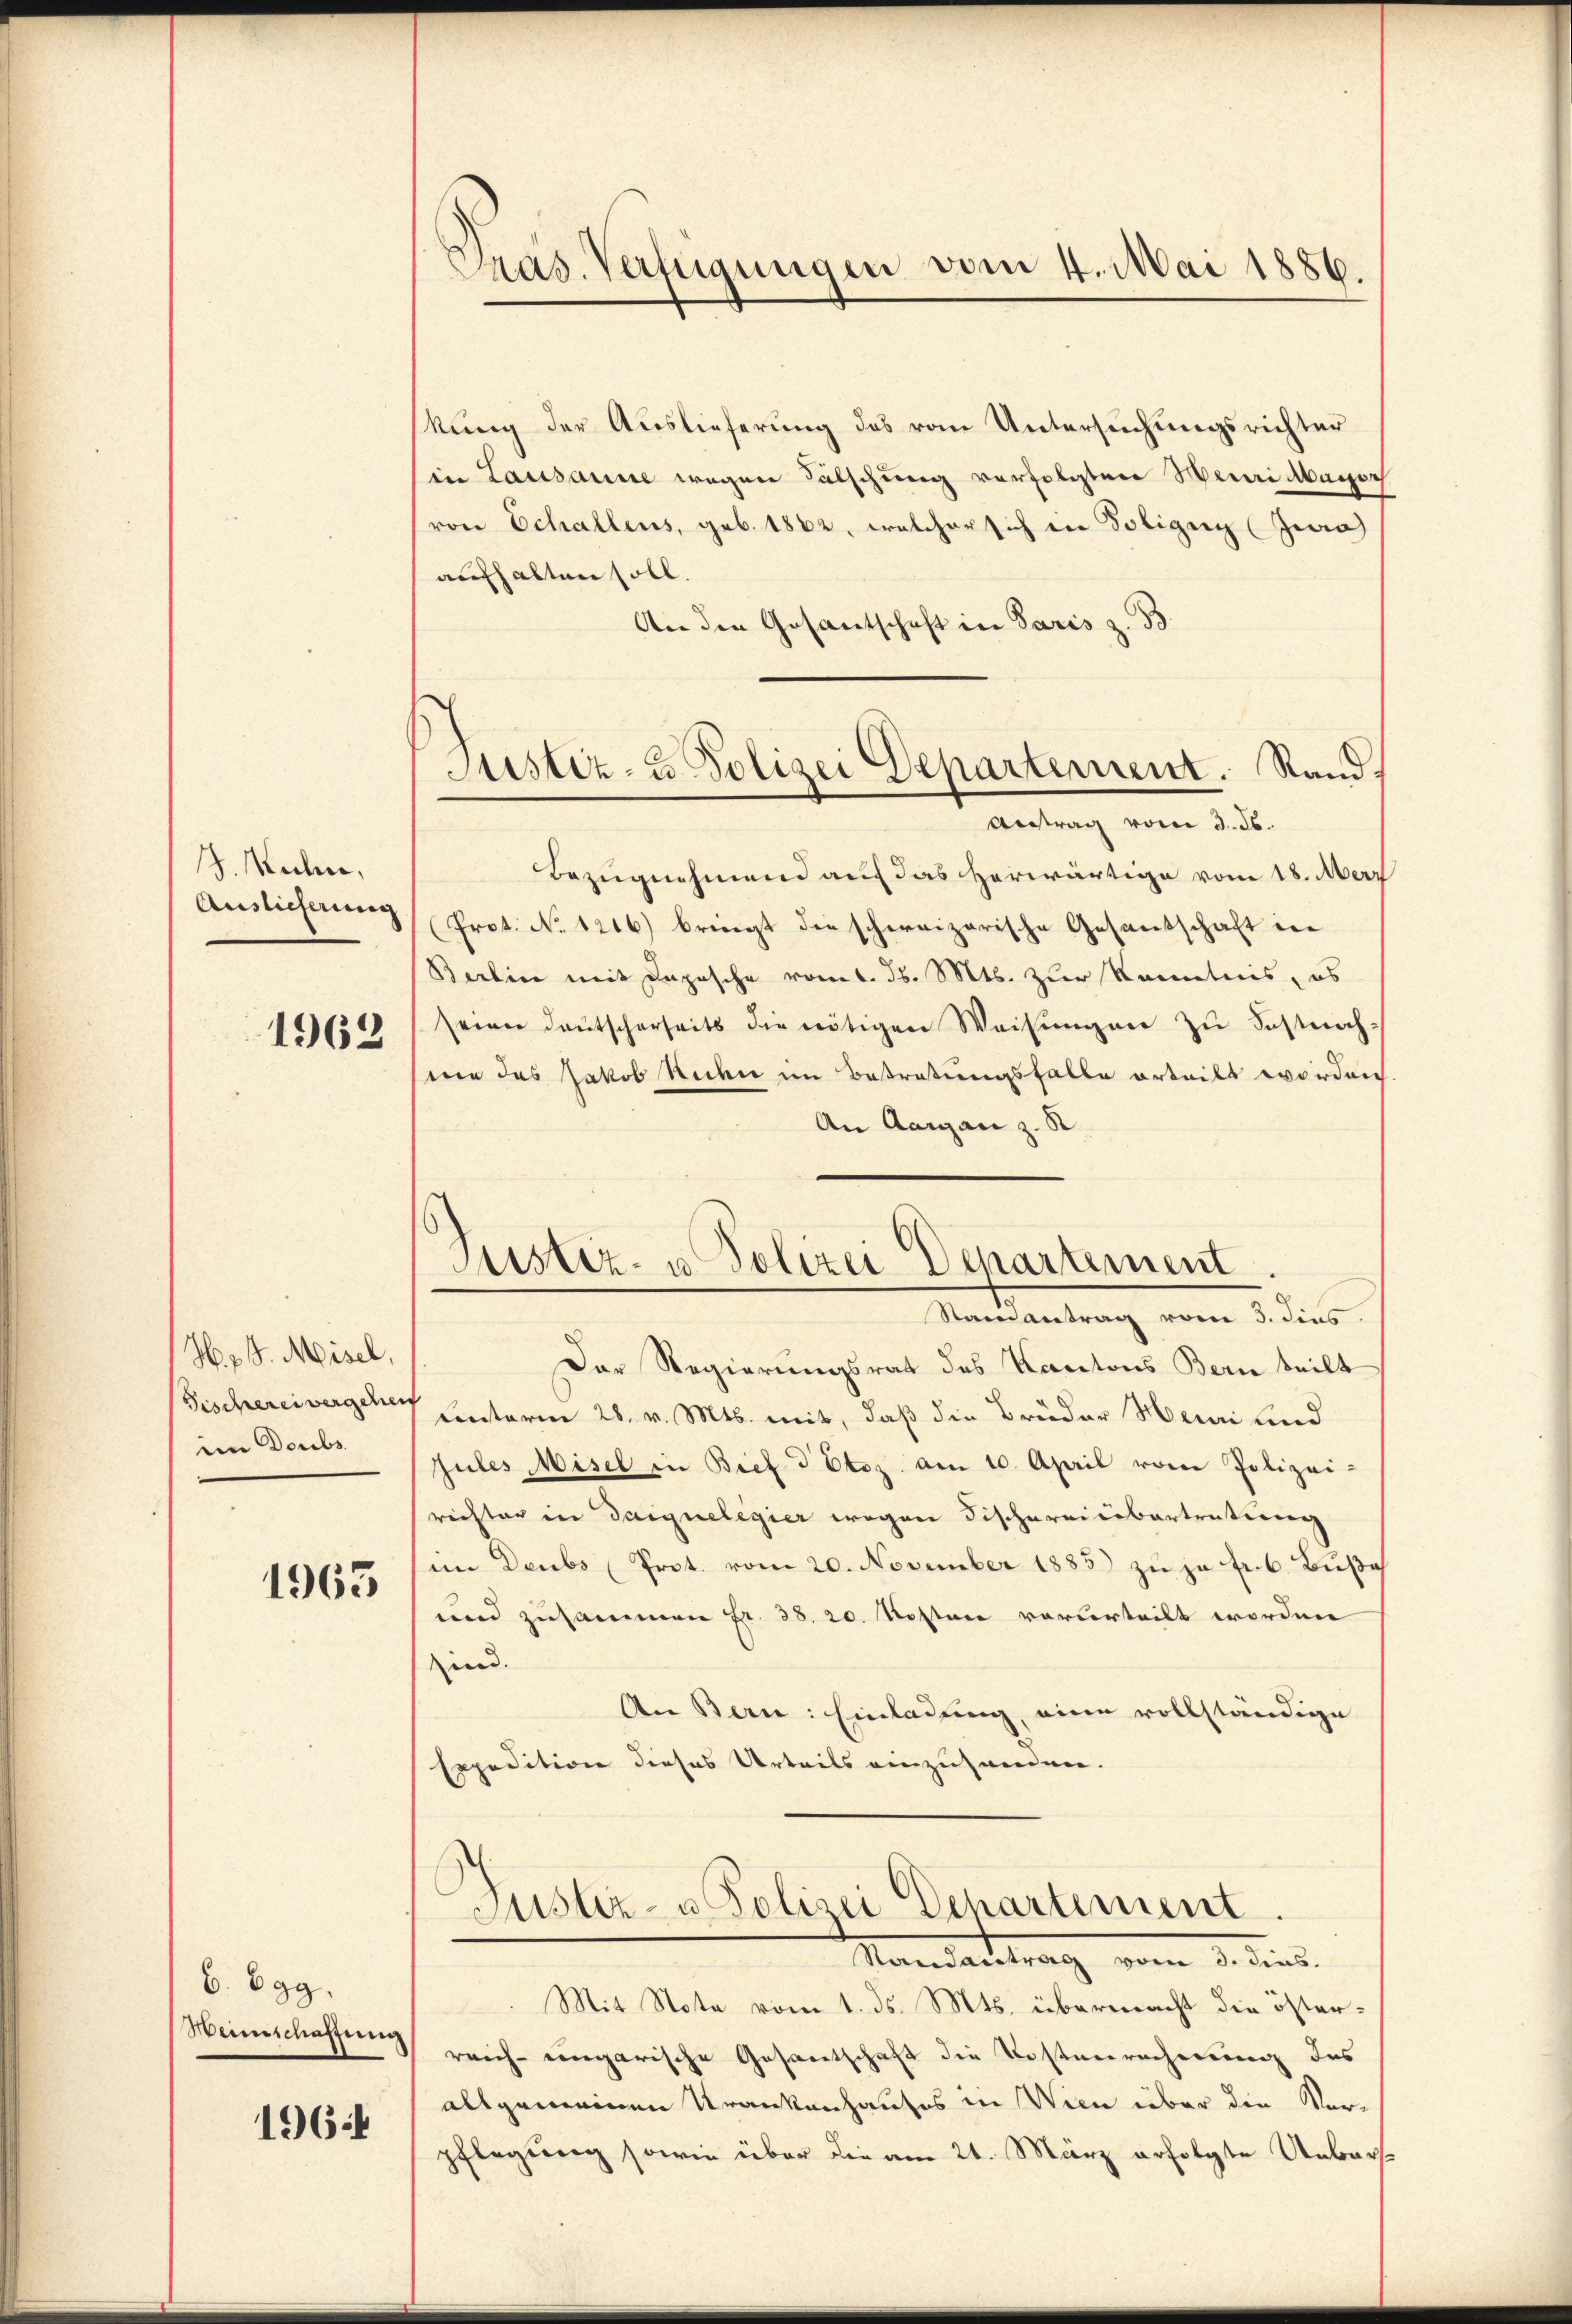
J. Kuhn,
Auslieferung

1962

H... Misel,
Fischerei vergehen
ein Doubs

1963

b. Egg.
Wunschaffung

1964

Pras. Verfügungen vom 4. Mai 1886.

Justiz- u. Polizei Departement. Stand.
Antrag vom 3. ds.

kung der Auslieferung des vom Untersuchungsrichter
in Lausanne wegen Fälschung verfolgten Werei Mayser
von Schallens, geb. 1862, welcher sich in Soligny (Jwa
aufhalten soll.
An den Gesantschaft in Paris z. B.
Bezugnehmend auf das herwärtige vom 18. Mar
(Prot. No. 1216) bringt die schweizerische Gesandschaft die
Berlier mit Depesche vom 1. ds. Mts. zur Kenntnis, es
seiner deutscherheits die nötigen Weisŭngen zŭ Sostnach-
sie das Jakob Reden im Betretungsfalle erteilt worden
An Aargau z. B
Justiz- u. Polizei Departement
Samantrag vom 3. Fins
Der Regierungsrat des Kantons Bern teilt
unterm 28. v. Mts. mit, daß die Brüder Meuri und
Jules Misel in Bief d Etoz. am 10. April von Polizei-
rechter in Darguelegier wegen Fischereinbartretung
im Deubs (Prot. vom 20. November 1885) zu ja fr. 6. Buße
und zusammen Fr. 38. 20. Kottare vorurteilt worden
ind.
An Bern: Einladung, eine vollständige
sepedition dieses Urteils einzuhanden.
Justiz- u Polizei Departement.

Mandantrag vom 3. dies

Mit Note vom 1. ds. Mts. übermacht die österreich eingarische Gesantschaft die Kostenrechnung des
allgemeinen Krankenhauses in Wien über die Ver-
pflegung sowie über die am 21. März erfolgte Unber